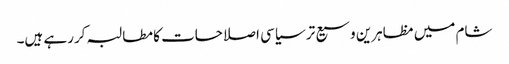
شام میں مظاہرین وسیع تر سیاسی اصلاحات کا مطالبہ کررہے ہیں۔